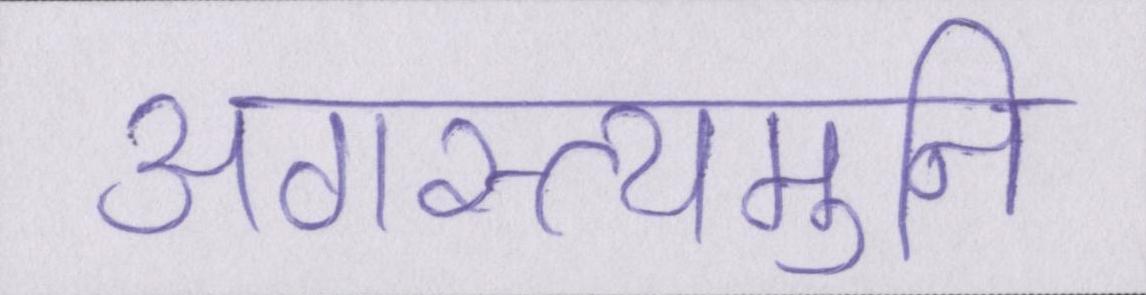
अगस्त्यमुनि